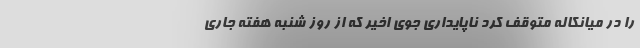
را در میانکاله متوقف کرد ناپایداری جوی اخیر که از روز شنبه هفته جاری